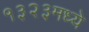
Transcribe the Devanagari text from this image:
१३२३मध्ये